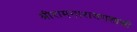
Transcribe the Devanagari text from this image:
श्रीरामनारायणशास्त्री